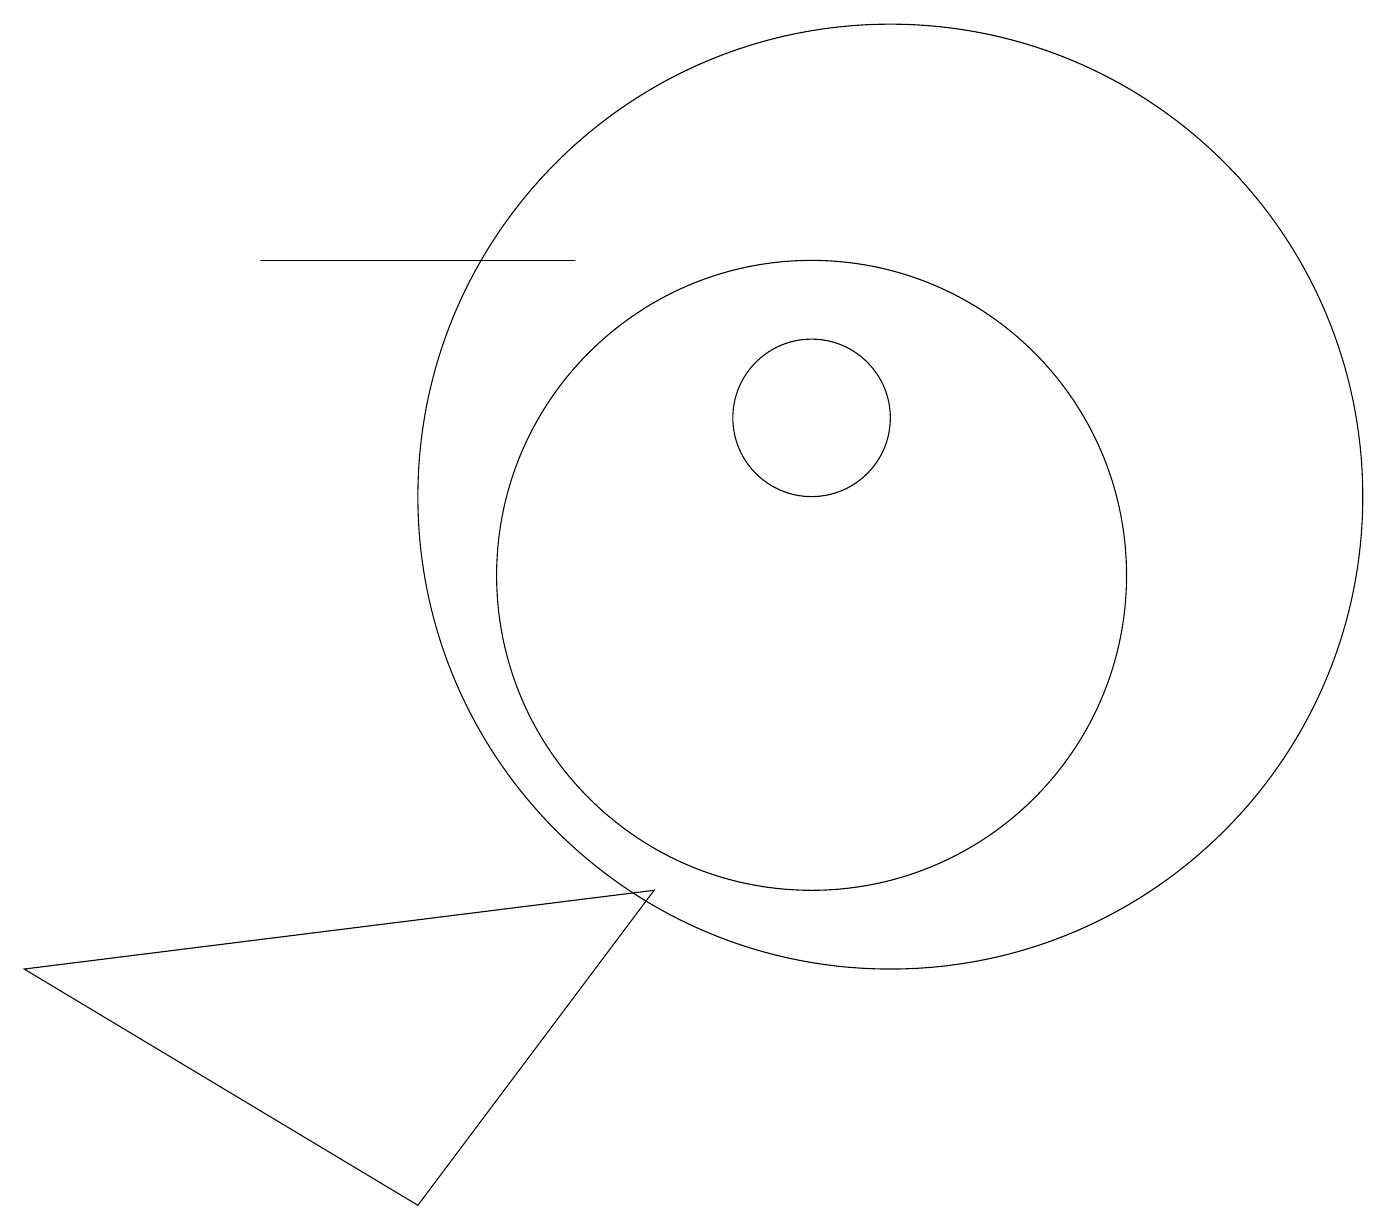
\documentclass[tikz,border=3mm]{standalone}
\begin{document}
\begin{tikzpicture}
\draw (10,12) circle (1);
\draw (7,14) rectangle (3,14);
\draw (11,11) circle (6);
\draw (8,6) -- (5,2) -- (0,5) -- cycle;
\draw (10,10) circle (4);
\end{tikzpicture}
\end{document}